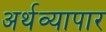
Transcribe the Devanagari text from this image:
अर्थव्यापार